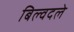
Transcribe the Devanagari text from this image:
बिल्वदले